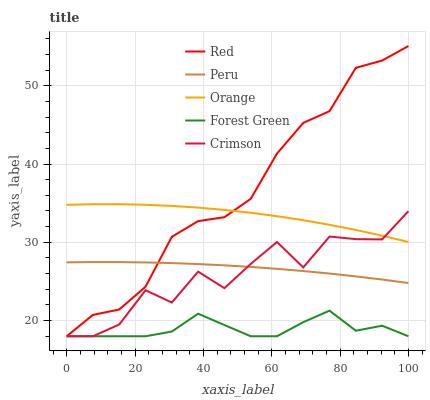
| xaxis_label | Red | Peru | Orange | Forest Green | Crimson |
 | --- | --- | --- | --- | --- | --- |
 | 0 | 18 | 27.4 | 34.8 | 18 | 18 |
 | 7.69 | 20.7 | 27.5 | 34.9 | 18 | 18 |
 | 15.4 | 21.4 | 27.5 | 34.9 | 18 | 19.5 |
 | 23.1 | 24.3 | 27.4 | 34.8 | 18 | 23.9 |
 | 30.8 | 30.7 | 27.3 | 34.7 | 18.6 | 22.3 |
 | 38.5 | 32.7 | 27.2 | 34.4 | 20.9 | 26.3 |
 | 46.2 | 33.2 | 27.1 | 34.1 | 19.4 | 24.1 |
 | 53.8 | 35.5 | 26.9 | 33.8 | 18 | 27.2 |
 | 61.5 | 41.3 | 26.6 | 33.3 | 18 | 30 |
 | 69.2 | 45.3 | 26.3 | 32.8 | 19.8 | 26.8 |
 | 76.9 | 46.8 | 26 | 32.2 | 21.3 | 30.7 |
 | 84.6 | 52.3 | 25.6 | 31.6 | 18.7 | 30.4 |
 | 92.3 | 53.2 | 25.2 | 30.8 | 19.3 | 30.4 |
 | 100 | 55.1 | 24.8 | 30 | 18 | 34 |